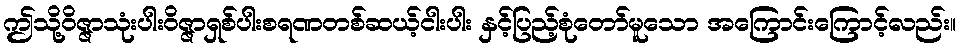
ဤသို့ဝိဇ္ဇာသုံးပါးဝိဇ္ဇာရှစ်ပါးစရဏတစ်ဆယ့်ငါးပါး နှင့်ပြည့်စုံတော်မူသော အကြောင်းကြောင့်လည်း။